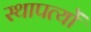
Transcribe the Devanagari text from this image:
स्थापत्यों